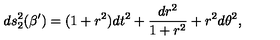
d s _ { 2 } ^ { 2 } ( \beta ^ { \prime } ) = ( 1 + r ^ { 2 } ) d t ^ { 2 } + \frac { d r ^ { 2 } } { 1 + r ^ { 2 } } + r ^ { 2 } d \theta ^ { 2 } ,